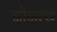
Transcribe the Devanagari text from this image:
दोनत्व